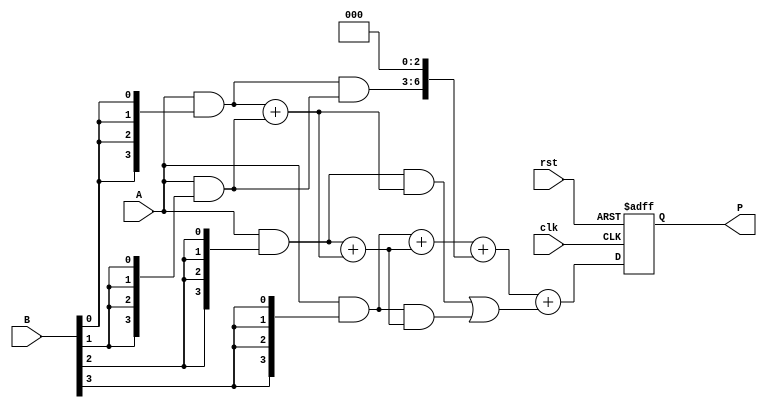
module wallace_tree_multiplier (
    input  wire [3:0] A,  // 4-bit operand A
    input  wire [3:0] B,  // 4-bit operand B
    input  wire clk,      // Clock signal
    input  wire rst,      // Reset signal
    output reg [7:0] P    // 8-bit product output
);

    // Internal signals for partial products and intermediate results
    wire [3:0] pp [3:0]; // Partial products
    wire [7:0] sum [5:0]; // Intermediate sums
    wire [5:0] carry [5:0]; // Intermediate carries

    // Generate partial products
    genvar i;
    generate
        for (i = 0; i < 4; i = i + 1) begin : partial_products
            assign pp[i] = A & {4{B[i]}};
        end
    endgenerate

    // First stage of Wallace tree
    assign sum[0] = {1'b0, pp[0]} + {1'b0, pp[1]};
    assign carry[0] = {1'b0, pp[0]} & {1'b0, pp[1]};

    assign sum[1] = {1'b0, pp[2]} + sum[0];
    assign carry[1] = {1'b0, pp[2]} & sum[0];

    assign sum[2] = {1'b0, pp[3]} + sum[1];
    assign carry[2] = {1'b0, pp[3]} & sum[1];

    // Second stage of Wallace tree
    assign sum[3] = sum[2] + {carry[0], 3'b000};
    assign carry[3] = carry[1] | carry[2];

    // Final addition
    always @(posedge clk or posedge rst) begin
        if (rst) begin
            P <= 8'b0;
        end else begin
            P <= sum[3] + carry[3];
        end
    end

endmodule